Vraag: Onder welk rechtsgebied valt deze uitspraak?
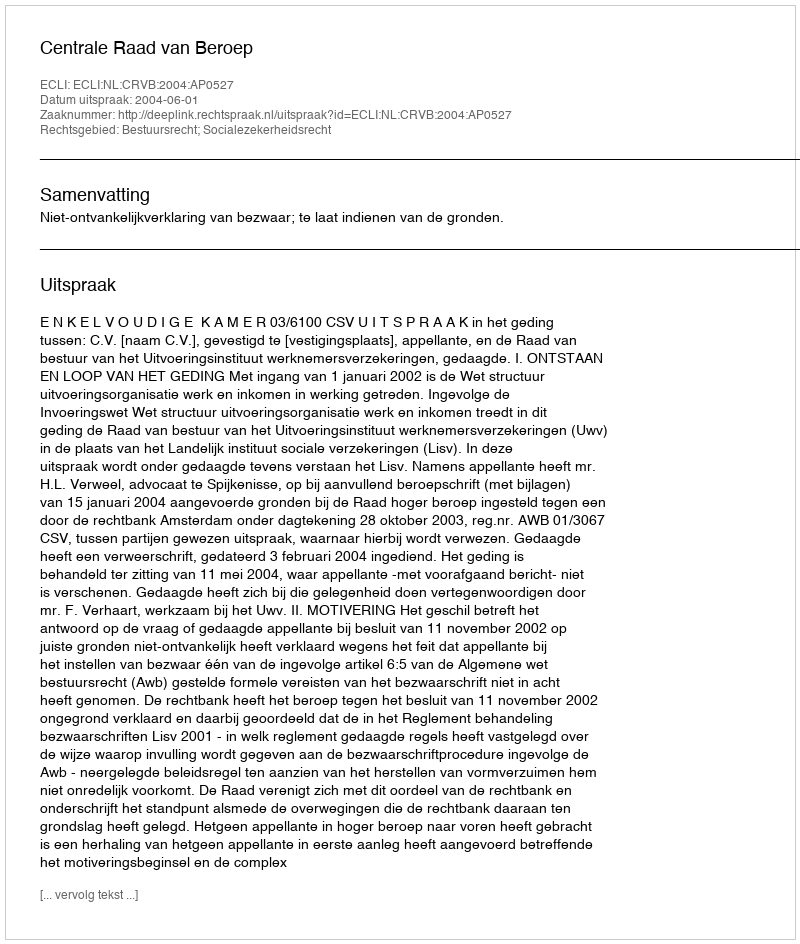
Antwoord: Bestuursrecht; Socialezekerheidsrecht